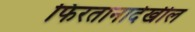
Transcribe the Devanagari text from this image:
फिरतानादेखील